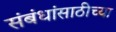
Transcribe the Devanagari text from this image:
संबंधांसाठीच्या